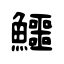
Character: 鱷